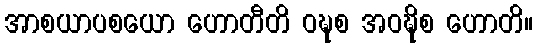
အာစယာပစယော ဟောတီတိ ဝဍ္ဎစ အဝဍ္ဎိစ ဟောတိ။